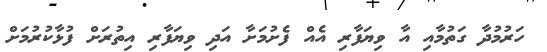
ހަރުމުދާ ގަތުމާއި އާ ވިޔަފާރި އެއް ފެށުމަށާ އަދި ވިޔަފާރި އިތުރަށް ފުޅާކުރުމަށް